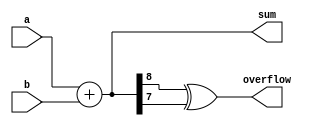
module ParametrizedAdder #(parameter N = 8) (
    input  [N-1:0] a,      // N-bit input a
    input  [N-1:0] b,      // N-bit input b
    output [N:0] sum,      // (N+1)-bit output sum
    output overflow         // Overflow indicator
);

    // Continuous assignment for sum
    assign sum = a + b;

    // Overflow detection logic
    assign overflow = (sum[N] ^ sum[N-1]);

endmodule